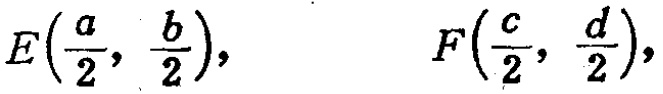
\[E\left(\frac{a}{2}, \frac{b}{2}\right),\qquad F\left(\frac{c}{2}, \frac{d}{2}\right),\]